Annual report of the Imperial Bacteriological Laboratory, Muktesar
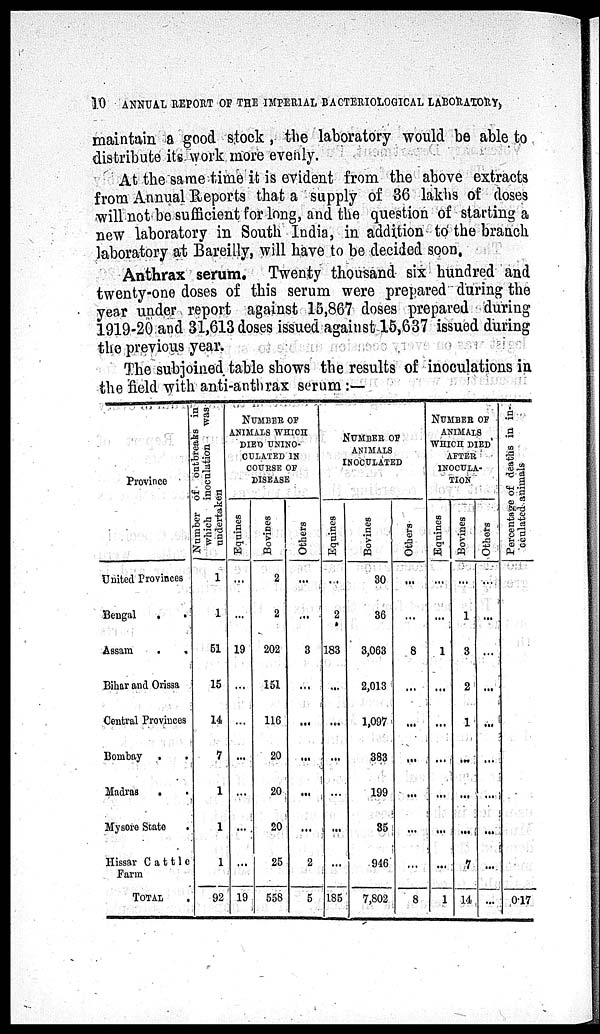
10
ANNUAL REPORT OF THE IMPERIAL BACTERIOLOGICAL LABORATORY,
maintain a good stock, the laboratory would be able to
distribute its work more evenly.
At the same time it is evident from the above extracts
from Annual Reports that a supply of 36 lakhs of doses
will not be sufficient for long, and the question of starting a
new laboratory in South India, in addition to the branch
laboratory at Bareilly, will have to be decided soon.
Anthrax serum. Twenty thousand six hundred and
twenty-one doses of this serum were prepared during the
year under report against 15,867 doses prepared during
1919-20 and 31,613 doses issued against 15,637 issued during
the previous year.
The subjoined table shows the results of inoculations in
the field with anti-anthrax serum :—
Province
United Provinces
Bengal
.
.
Assam
.
.
Bihar and Orissa
Central Provinces
Bombay
. .
Madras
. .
Mysore State .
Hissar Cattle
Farm
TOTAL .
N umber of outbreaks in
which
inoculation
was
undertaken
1
1
51
15
14
7
1
1
1
92
NUMBER OF
ANIMALS WHICH
DIED UNINO¬
CULATED IN
COURSE OF
DISEASE
Equines
...
...
19
...
...
...
...
...
...
19
Bovines
2
2
202
151
116
20
20
20
25
558
Others
...
...
3
...
...
...
...
...
2
5
NUMBER OF
ANIMALS
INOCULATED
Equines
...
2
183
...
...
...
...
...
...
185
Bovines
30
36
3,063
2,013
1,097
383
199
35
946
7,802
Others
...
...
8
...
...
...
...
...
...
8
NUMBER OF
ANIMALS
WHICH DIED
AFTER
INOCULA-
TION
Equines
...
...
1
...
...
...
...
...
...
1
Bovines
...
1
3
2
1
...
...
...
7
14
Others
...
...
...
...
...
...
...
...
...
...
Percentage of deaths in in-
oculated animals
0.17